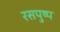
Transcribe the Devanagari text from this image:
रसपुष्प